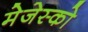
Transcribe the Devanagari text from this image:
मेजेस्‍को